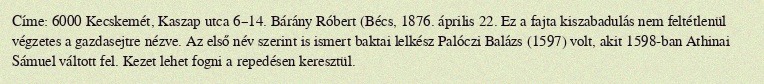
Címe: 6000 Kecskemét, Kaszap utca 6–14. Bárány Róbert (Bécs, 1876. április 22. Ez a fajta kiszabadulás nem feltétlenül végzetes a gazdasejtre nézve. Az első név szerint is ismert baktai lelkész Palóczi Balázs (1597) volt, akit 1598-ban Athinai Sámuel váltott fel. Kezet lehet fogni a repedésen keresztül.